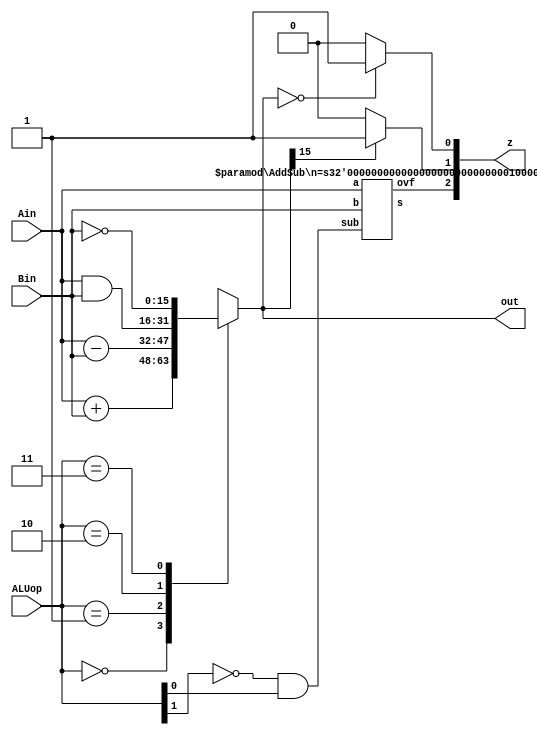
module ALU(Ain,Bin,ALUop,out,z);    
    input [15:0] Ain,Bin;
    input [1:0] ALUop;
    output [15:0] out;
    reg [15:0] out;
    output [2:0]z; 
    reg [2:0] z; 
    wire tempovr;
    wire sub;

    assign sub = ~ALUop[1] & ALUop[0];   
    AddSub #(16) overflow(Ain,Bin,sub, ,tempovr);
    
    always @(*)begin
		z[2]=tempovr;
    end
    
    always @(*) begin
        casex(ALUop)
            2'b00: out = Ain + Bin; 
            2'b01: out = Ain - Bin;
            2'b10: out = Ain & Bin;
            2'b11: out = ~Bin;
            default: out =  Ain;
        endcase
        if (out == 16'b0000000000000000)
        begin
            z[0] = 1'b1;
        end else begin
            z[0] = 1'b0;
        end
        if (out[15] == 1'b1)
        begin
            z[1] = 1'b1;
        end else begin
            z[1] = 1'b0;
        end
    end
endmodule


module AddSub(a,b,sub,s,ovf) ;
    parameter n = 16 ;
    input [n-1:0] a, b ;
    input sub ;           // subtract if sub=1, otherwise add
    output [n-1:0] s ;
    output ovf ;      // 1 if overflow
    wire c1, c2 ;         // carry out of last two bits
    assign ovf = c1 ^ c2 ;  // overflow if signs don't match

  // add non sign bits
    assign {c1,s[n-2:0]} = a[n-2:0] + (b[n-2:0] ^ {n-1{sub}}) + sub;
    
  // add sign bits
    assign {c2, s[n-1]} = a[n-1] + (b[n-1] ^ sub) + c1;
endmodule